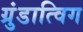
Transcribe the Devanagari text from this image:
ग्रुंडात्विग